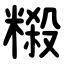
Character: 䊛